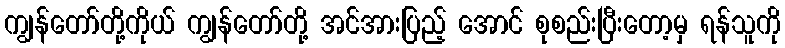
ကျွန်တော်တို့ကိုယ် ကျွန်တော်တို့ အင်အားပြည့် အောင် စုစည်းပြီးတော့မှ ရန်သူကို